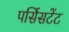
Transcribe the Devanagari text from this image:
पर्सिसटेंट